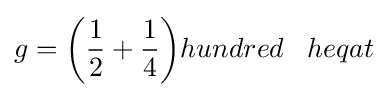
g={\bigg (}{\frac {1}{2}}+{\frac {1}{4}}{\bigg )}hundred\;\;\;heqat